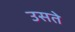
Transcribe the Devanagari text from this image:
उसते